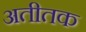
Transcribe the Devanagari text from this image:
अतीतक